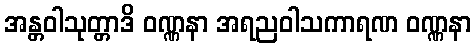
အန္တဝါသုတ္တာဒိ ဝဏ္ဏနာ အရညဝါသကာရဏ ဝဏ္ဏနာ